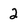
Character: 2